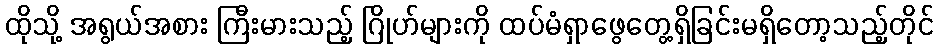
ထိုသို့ အရွယ်အစား ကြီးမားသည့် ဂြိုဟ်များကို ထပ်မံရှာဖွေတွေ့ရှိခြင်းမရှိတော့သည့်တိုင်